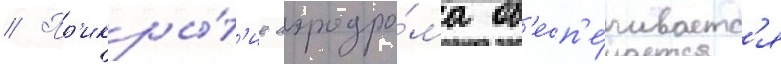
// Пр'икры́т'ие аэродро́ма об'есп'е́чиваетс'я